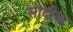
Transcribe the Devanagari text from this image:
सादीक